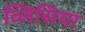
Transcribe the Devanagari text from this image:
व्लिसिया